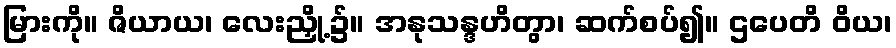
မြားကို။ ဇိယာယ၊ လေးညှို့၌။ အနုသန္ဒဟိတွာ၊ ဆက်စပ်၍။ ဌပေတိ ဝိယ၊